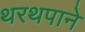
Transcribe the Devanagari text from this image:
थरथपाने